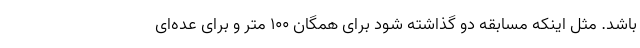
باشد. مثل اینکه مسابقه دو گذاشته شود برای همگان ۱۰۰ متر و برای عده‌ای